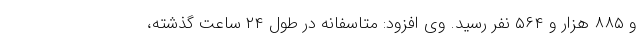
و ۸۸۵ هزار و ۵۶۴ نفر رسید. وی افزود: متاسفانه در طول ۲۴ ساعت گذشته،